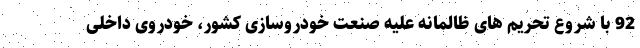
92 با شروع تحریم های ظالمانه علیه صنعت خودروسازی کشور، خودروی داخلی